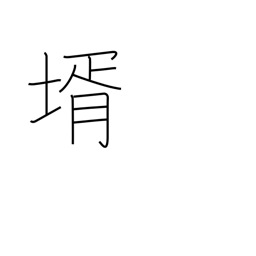
Meaning: son-in-law